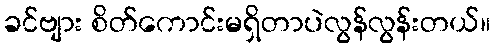
ခင်ဗျား စိတ်ကောင်းမရှိတာပဲလွန်လွန်းတယ်။